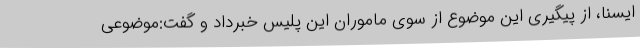
ایسنا، از پیگیری این موضوع از سوی ماموران این پلیس خبرداد و گفت:موضوعی